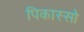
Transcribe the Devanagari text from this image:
पिकास्सो